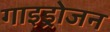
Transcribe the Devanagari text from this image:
गाइड्रोजन